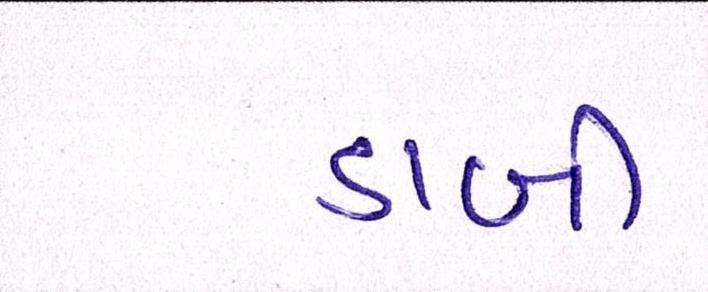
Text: ડાબી